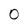
Character: 0